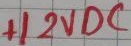
Text: +12VDC